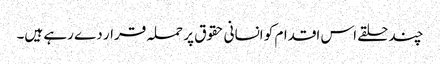
چند حلقے اس اقدام کو انسانی حقوق پر حملہ قرار دے رہے ہیں۔